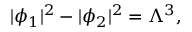
| \phi _ { 1 } | ^ { 2 } - | \phi _ { 2 } | ^ { 2 } = \Lambda ^ { 3 } , \qquad